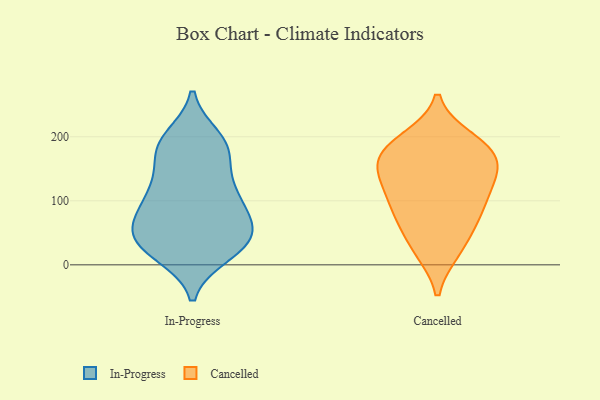
{"axis": {"x": "Shipments", "y": "Value"}, "legend": ["Cancelled", "In-Progress"], "data": [{"x": "", "y": 74, "type": "In-Progress"}, {"x": "", "y": 44, "type": "In-Progress"}, {"x": "", "y": 105, "type": "In-Progress"}, {"x": "", "y": 176, "type": "In-Progress"}, {"x": "", "y": 45, "type": "In-Progress"}, {"x": "", "y": 79, "type": "In-Progress"}, {"x": "", "y": 25, "type": "In-Progress"}, {"x": "", "y": 182, "type": "In-Progress"}, {"x": "", "y": 17, "type": "In-Progress"}, {"x": "", "y": 118, "type": "In-Progress"}, {"x": "", "y": 134, "type": "In-Progress"}, {"x": "", "y": 87, "type": "In-Progress"}, {"x": "", "y": 37, "type": "In-Progress"}, {"x": "", "y": 119, "type": "In-Progress"}, {"x": "", "y": 188, "type": "In-Progress"}, {"x": "", "y": 60, "type": "In-Progress"}, {"x": "", "y": 186, "type": "In-Progress"}, {"x": "", "y": 42, "type": "In-Progress"}, {"x": "", "y": 22, "type": "In-Progress"}, {"x": "", "y": 198, "type": "In-Progress"}, {"x": "", "y": 22, "type": "Cancelled"}, {"x": "", "y": 145, "type": "Cancelled"}, {"x": "", "y": 186, "type": "Cancelled"}, {"x": "", "y": 131, "type": "Cancelled"}, {"x": "", "y": 162, "type": "Cancelled"}, {"x": "", "y": 196, "type": "Cancelled"}, {"x": "", "y": 130, "type": "Cancelled"}, {"x": "", "y": 22, "type": "Cancelled"}, {"x": "", "y": 76, "type": "Cancelled"}, {"x": "", "y": 187, "type": "Cancelled"}, {"x": "", "y": 175, "type": "Cancelled"}, {"x": "", "y": 91, "type": "Cancelled"}, {"x": "", "y": 114, "type": "Cancelled"}, {"x": "", "y": 161, "type": "Cancelled"}, {"x": "", "y": 58, "type": "Cancelled"}, {"x": "", "y": 83, "type": "Cancelled"}]}